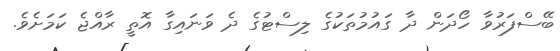
ބޭސްފަރުވާ ހޯދަން ދާ ގައުމުތަކުގެ ލިސްޓުގެ ދެ ވަނައިގާ އޮތީ ރާއްޖެ ކަމަށެވެ.